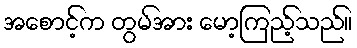
အစောင့်က တွမ်အား မော့ကြည့်သည်။